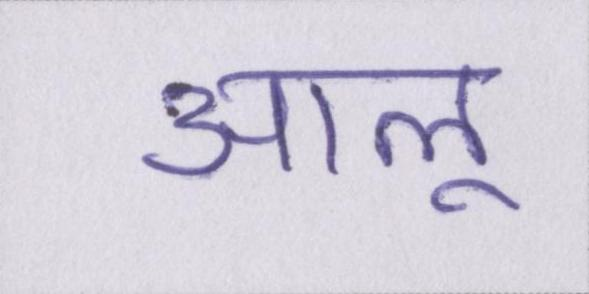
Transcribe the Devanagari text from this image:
आलू